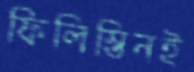
ফিলিস্তিনই